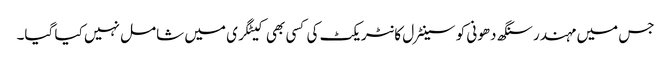
جس میں مہندرسنگھ دھونی کو سینٹرل کانٹریکٹ کی کسی بھی کیٹگری میں شامل نہیں کیا گیا۔